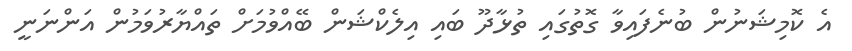
އެ ކޮމިޝަނުން ބުނެފައިވާ ގޮތުގައި ތުޅާދޫ ބައި އިލެކްޝަން ބޭއްވުމަށް ތައްޔާރުވަމުން އަންނަނީ